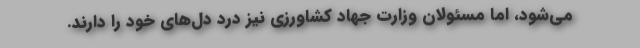
می‌شود، اما مسئولان وزارت جهاد کشاورزی نیز درد دل‌های خود را دارند.